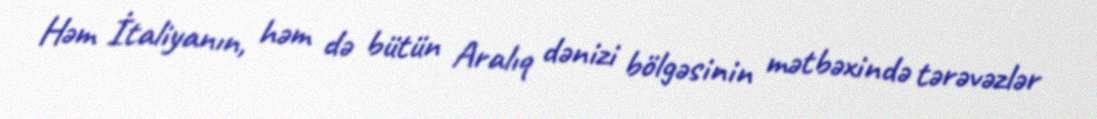
Həm İtaliyanın, həm də bütün Aralıq dənizi bölgəsinin mətbəxində tərəvəzlər